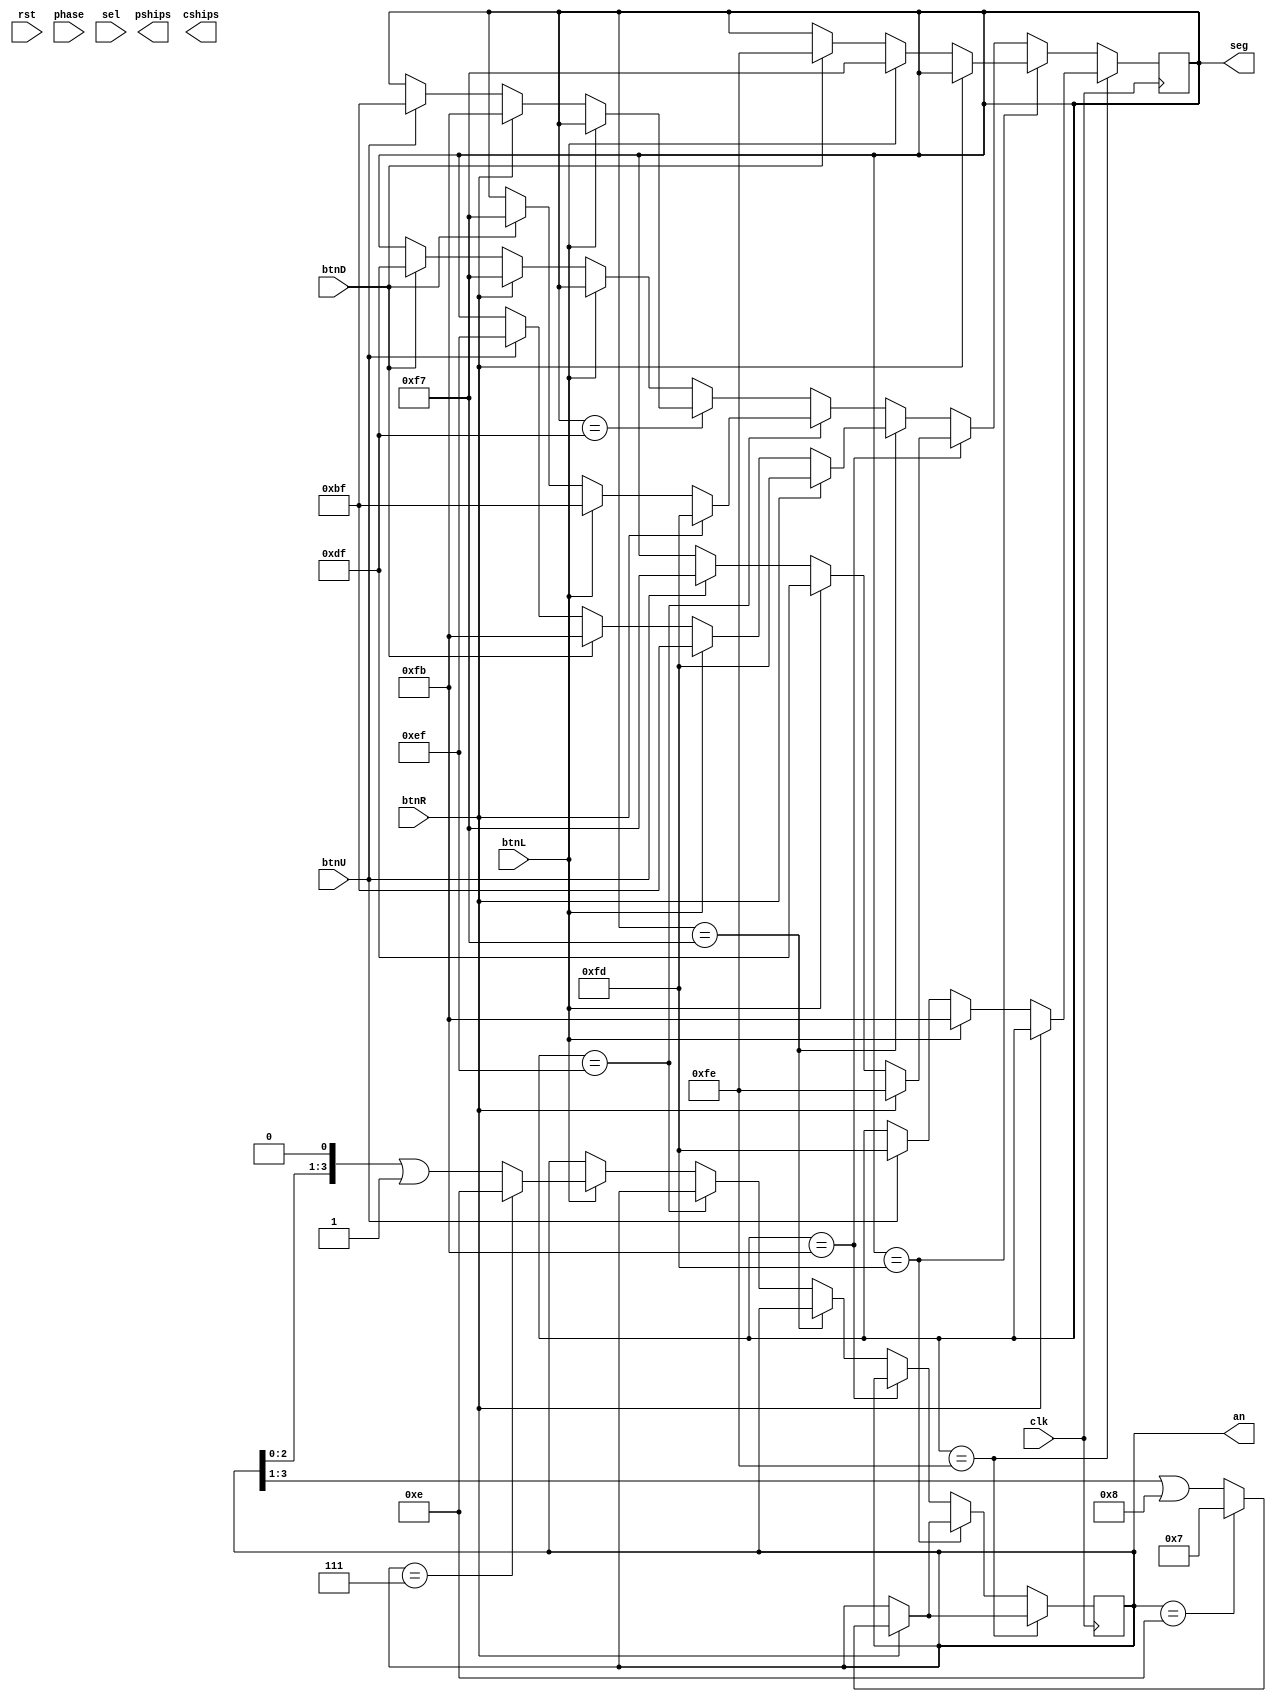
`timescale 1ns / 1ps
//////////////////////////////////////////////////////////////////////////////////
// Company: 
// Engineer: 
// 
// Design Name: 
// Module Name: select
// Project Name: 
// Target Devices: 
// Tool Versions: 
// Description: 
// 
// Dependencies: 
// 
// Revision:
// Revision 0.01 - File Created
// Additional Comments:
// 
//////////////////////////////////////////////////////////////////////////////////


module select(
    input clk,
    input rst,
    input phase,     //mode
    input sel,      //select btn
    input btnU,     //up btn
    input btnD,     //down btn
    input btnR,     //right btn
    input btnL,     //left btn   
    output reg [3: 0] an,
    output reg [7: 0] seg,
    output [27:0] pships,
    output [27:0] cships
    );
    
    //count the selection
	reg [2: 0] sel_count;
    
    initial begin
        an = 4'b1110;
        seg = 8'b11111110;
        sel_count = 0;
    end
	 
    always @ (posedge clk) begin
        
            //first ship
            if (seg == 8'b11111110) begin
                if (btnR) begin
                    an <= (an == 4'b1110) ? 
                        4'b0111: (an >> 1'b1) | 4'd8;    //next right digit
                end
                else begin
                    seg <= 
                    (btnL ? 8'b11111011:
                    btnU ? 8'b11111101: seg);
                end
            end

            //second ship
            else if (seg == 8'b11111101) begin
                if (btnR) begin
                    an <= (an == 4'b1110) ? 
                        4'b0111: (an >> 1'b1) | 4'd8;    //next right digit
                end
                else begin
                    seg <= 
                    (btnL ? 8'b11110111:
                    btnD ? 8'b11111110: seg);
                end
                
            end

            //third ship
            else if (seg == 8'b11111011) begin
                seg <= 
                    (btnR ? 8'b11111110:
                    btnL? 8'b11011111:
                    btnU ? 8'b11110111: seg); 
            end
            //forth ship
            else if(seg == 8'b11110111) begin
                seg <= 
                    (btnR ? 8'b11111101:
                    btnL ? 8'b10111111:
                    btnD ? 8'b11111011:
                    btnU ? 8'b11101111: seg); 
            end

            //fifth ship
            else if (seg == 8'b11101111) begin
                seg <= 
                    (btnR ? 8'b11111101:
                    btnL ? 8'b10111111:
                    btnD ? 8'b11110111: seg);
            end
            //sixth ship
            else if (seg == 8'b11011111) begin
                if (btnL) begin
                    an <= (an == 4'b0111) ?
                        4'b1110: ((an << 1) | 1'b1);    //next digit
                end
                else begin
                    seg <= 
                        (btnR ? 8'b11111011:    
                        btnU ? 8'b10111111: seg);
                end
            end
            //seventh ship
            else if (8'b10111111) begin
                if (btnL) begin 
                    an <= (an == 4'b0111) ?
                        4'b1110: ((an << 1) | 1'b1);    //next digit
                end
                else begin
                    seg <= 
                        (btnR ? 8'b11110111:
                        btnD ? 8'b11011111: seg);
                end
            end
            else begin
                seg <= seg;
            end

    end
endmodule